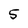
Character: 5